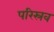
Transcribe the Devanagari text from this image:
परिस्रव